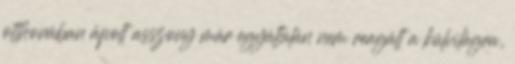
otthonában ápolt asszony már egyáltalán nem reagált a külvilágra,